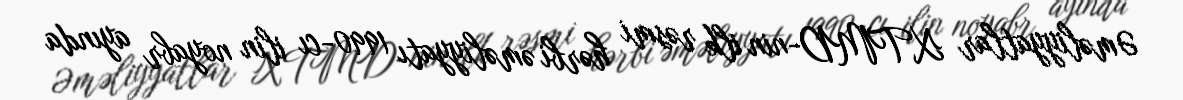
Əməliyyatlar XTMD-nin ilk rəsmi hərbi əməliyyatı 1990-cı ilin noyabr ayında